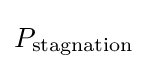
P_{\text{stagnation}}